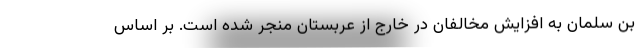
بن سلمان به افزایش مخالفان در خارج از عربستان منجر شده است. بر اساس